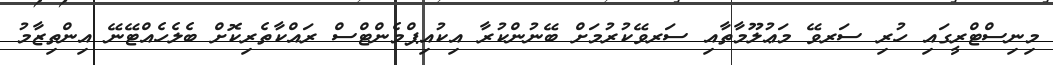
މިނިސްޓްރީގައި ހުރި ސަރވޭ މަޢުލޫމާތާއި ސަރވޭކުރުމަށް ބޭނުންކުރާ އިކުއިޕްމެންޓްސް ރައްކާތެރިކޮށް ބެލެހެއްޓޭނޭ އިންތިޒާމު